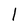
Character: l